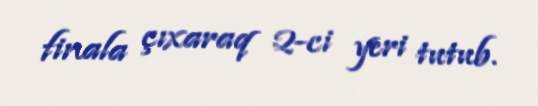
finala çıxaraq 2-ci yeri tutub.